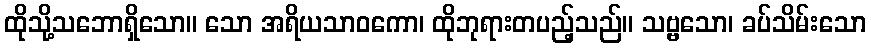
ထိုသို့သဘောရှိသော။ သော အရိယသာဝကော၊ ထိုဘုရားတပည့်သည်။ သဗ္ဗသော၊ ခပ်သိမ်းသော